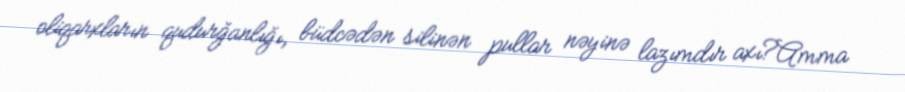
oliqarxların qudurğanlığı, büdcədən silinən pullar nəyinə lazımdır axı?Amma